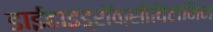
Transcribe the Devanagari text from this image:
डाईहाइड्रॉक्सीविटामिन